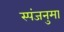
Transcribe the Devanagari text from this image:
स्पंजनुमा